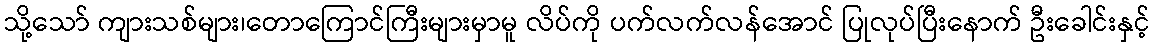
သို့သော် ကျားသစ်များ၊တောကြောင်ကြီးများမှာမူ လိပ်ကို ပက်လက်လန်အောင် ပြုလုပ်ပြီးနောက် ဦးခေါင်းနှင့်